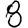
Digit: 8